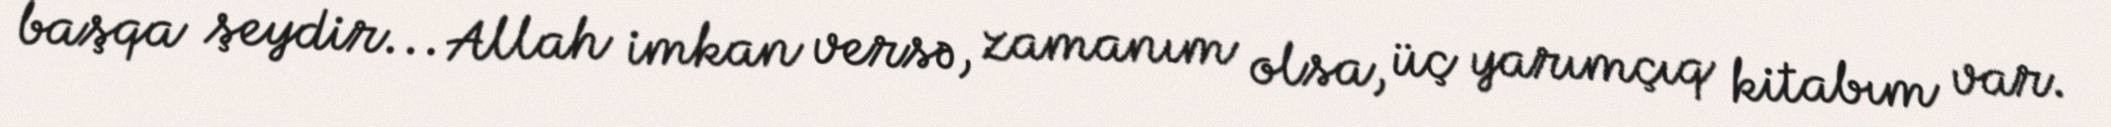
başqa şeydir... Allah imkan versə, zamanım olsa, üç yarımçıq kitabım var.